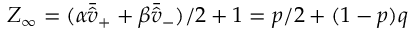
Z _ { \infty } = ( \alpha \bar { \hat { v } } _ { + } + \beta \bar { \hat { v } } _ { - } ) / 2 + 1 = p / 2 + ( 1 - p ) q